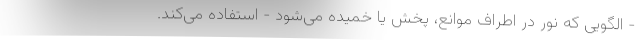
- الگویی که نور در اطراف موانع، پخش یا خمیده می‌شود - استفاده می‌کند.